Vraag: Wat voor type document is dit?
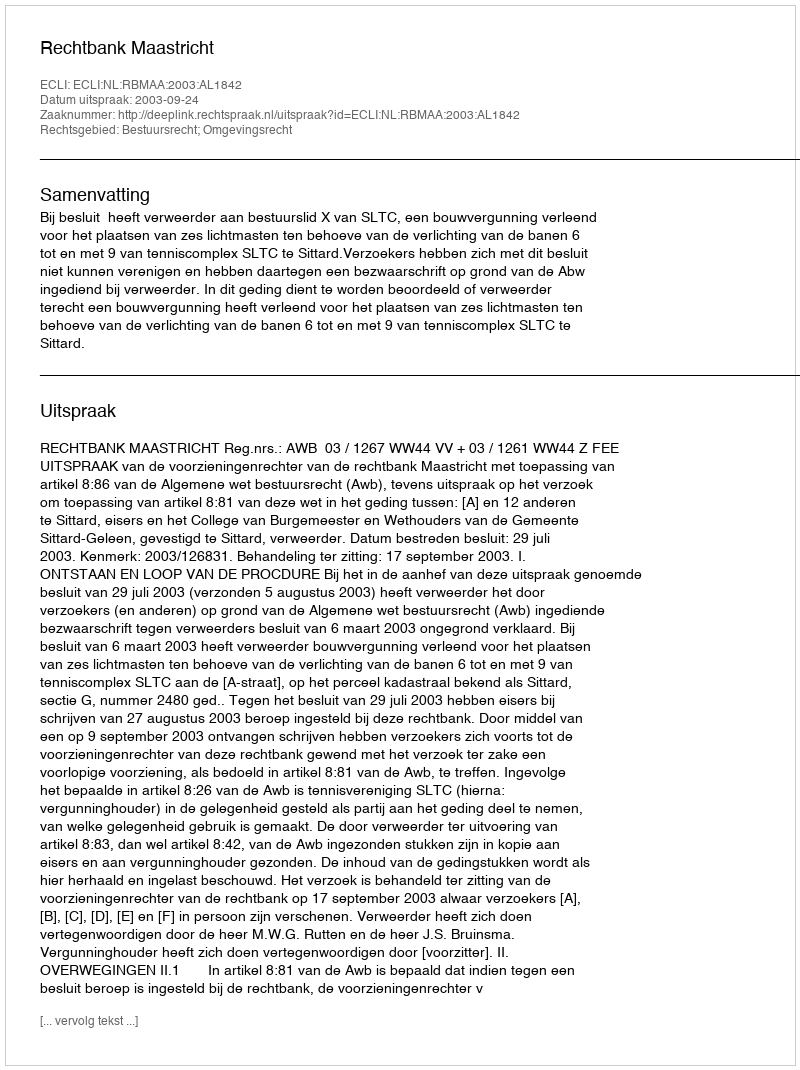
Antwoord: Uitspraak